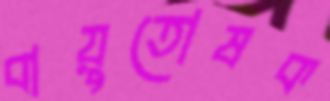
বায়ুতোষক